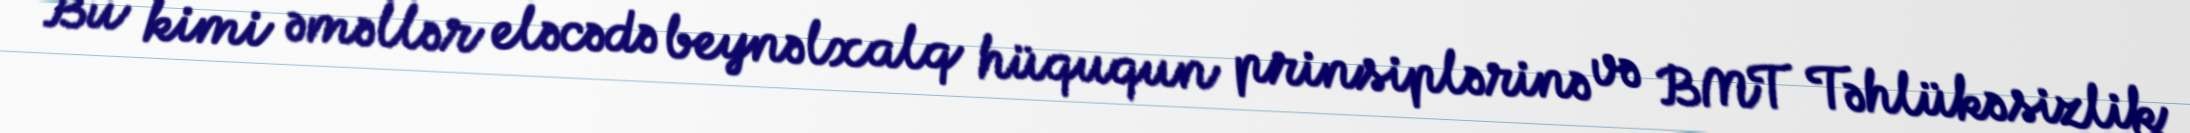
Bu kimi əməllər eləcədə beynəlxalq hüququn prinsiplərinə və BMT Təhlükəsizlik